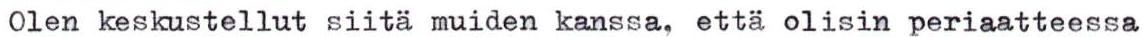
Olen keskustellut siitä muiden kanssa, että olisin periaatteessa